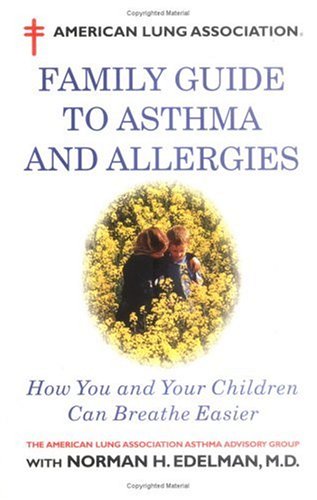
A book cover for American Lung Association Family Guide to Asthma and Allergies; American Lung Association; Health, Fitness & Dieting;